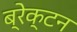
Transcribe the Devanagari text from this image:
ब्रेक्टन